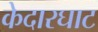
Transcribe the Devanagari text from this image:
केदारघाट